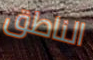
الناطق